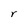
Character: r